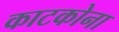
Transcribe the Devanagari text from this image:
काटकोना